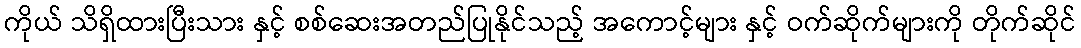
ကိုယ် သိရှိထားပြီးသား နှင့် စစ်ဆေးအတည်ပြုနိုင်သည့် အကောင့်များ နှင့် ဝက်ဆိုက်များကို တိုက်ဆိုင်